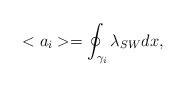
LaTeX: \begin{align*}<a_i> = \oint_{{\cal \gamma}_i} \lambda_{SW} dx,\end{align*}